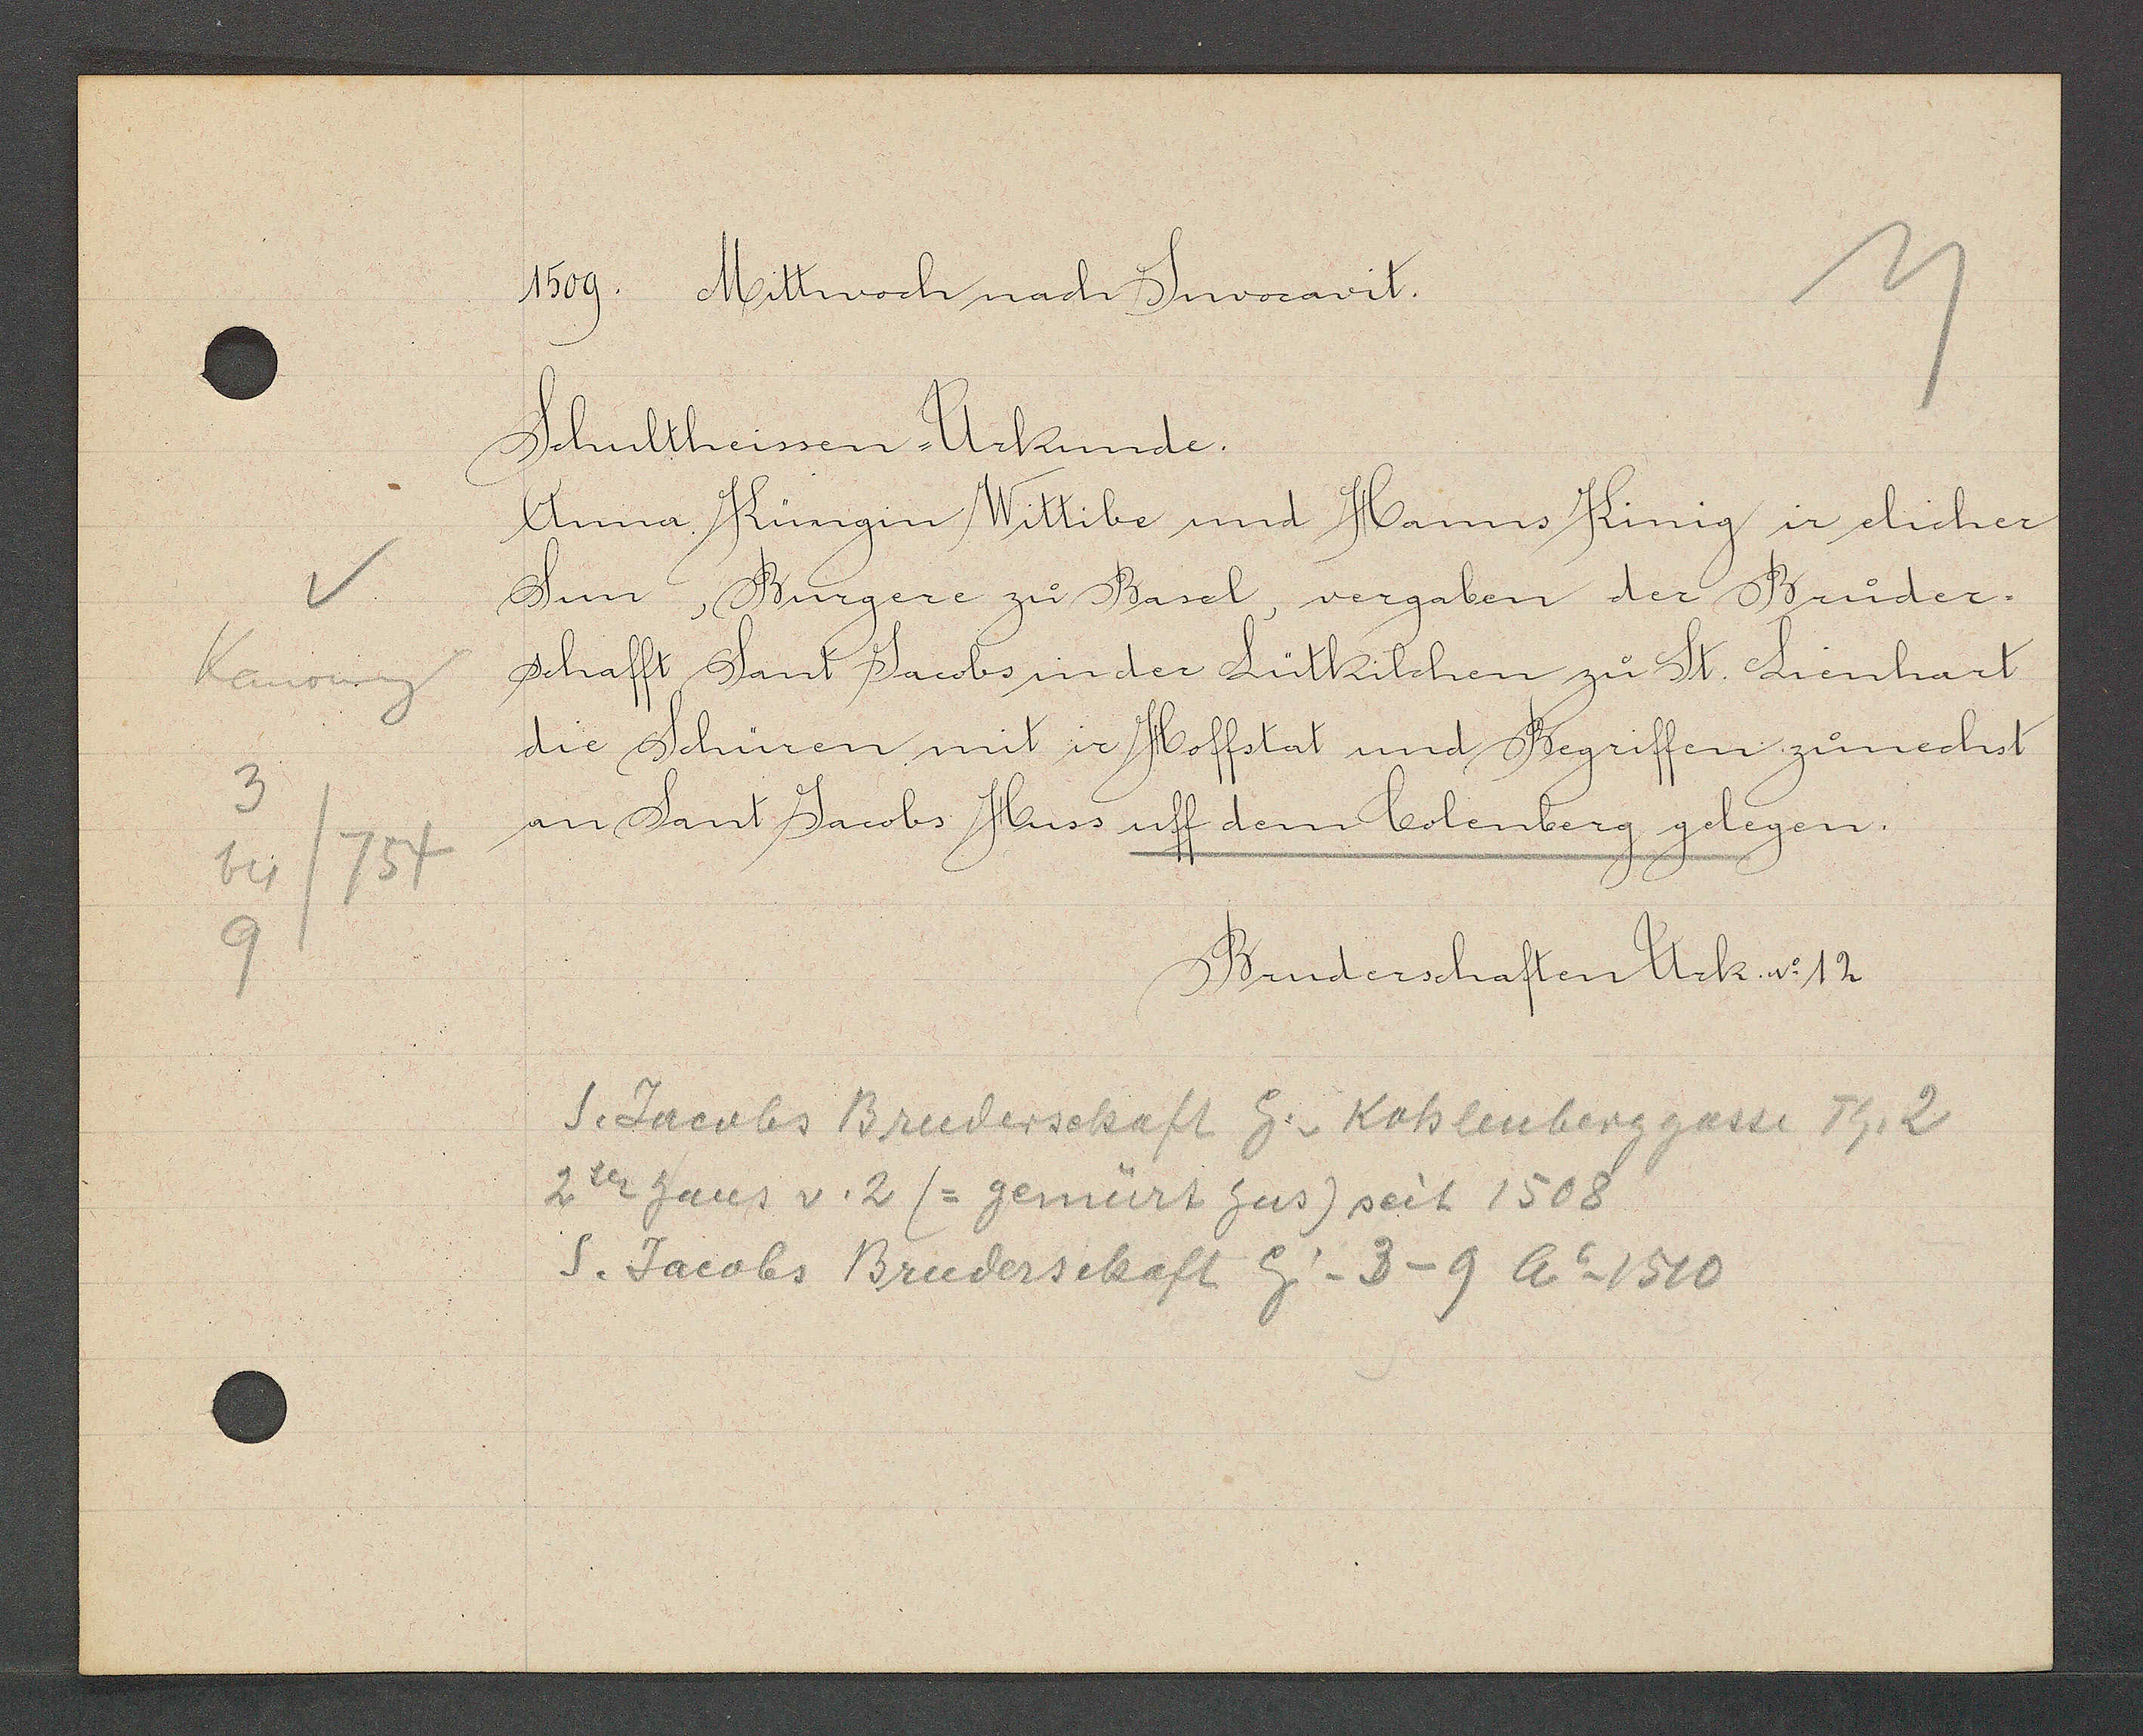
Transcript:
Kanoneng
3
754
bis
9

1509. Mittwoch nach Juvocavit.

Schultheissen Urkunde.
Anna Küngin Wittibe und Hanns Kinig ir elicher
Sun, Burgere zu Basel, vergaben der Bruder¬
schafft Sant Jacobs in der Lütkilchen zu St. Lienhart
die Schüren mit ir Hoffstat und Begriffen zunechst
an Sant Jacobs Huss uff dem Colenberg gelegen.

Bruderschaften Urk. No 12

S. Jacobs Bruderschaft Eig v Kohlenberggasse Th. 2
2tes haus v. 2 (= gemürt hus) seit 1508
S. Jacobs Bruderschaft Eig _ 3-9 Ao 1510